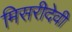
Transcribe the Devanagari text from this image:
मिसरीदेवी